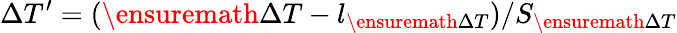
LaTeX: \Delta T^{\prime}=(\ensuremath{\Delta T}-l_{\ensuremath{\Delta T}})/S_{\ensuremath{\Delta T}}